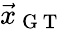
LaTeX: \vec{x}_{\mathrm{~G~T~}}